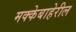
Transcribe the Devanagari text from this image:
मक्केबाहेरील